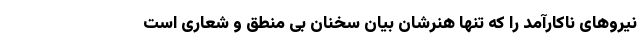
نیروهای ناکارآمد را که تنها هنرشان بیان سخنان بی منطق و شعاری است